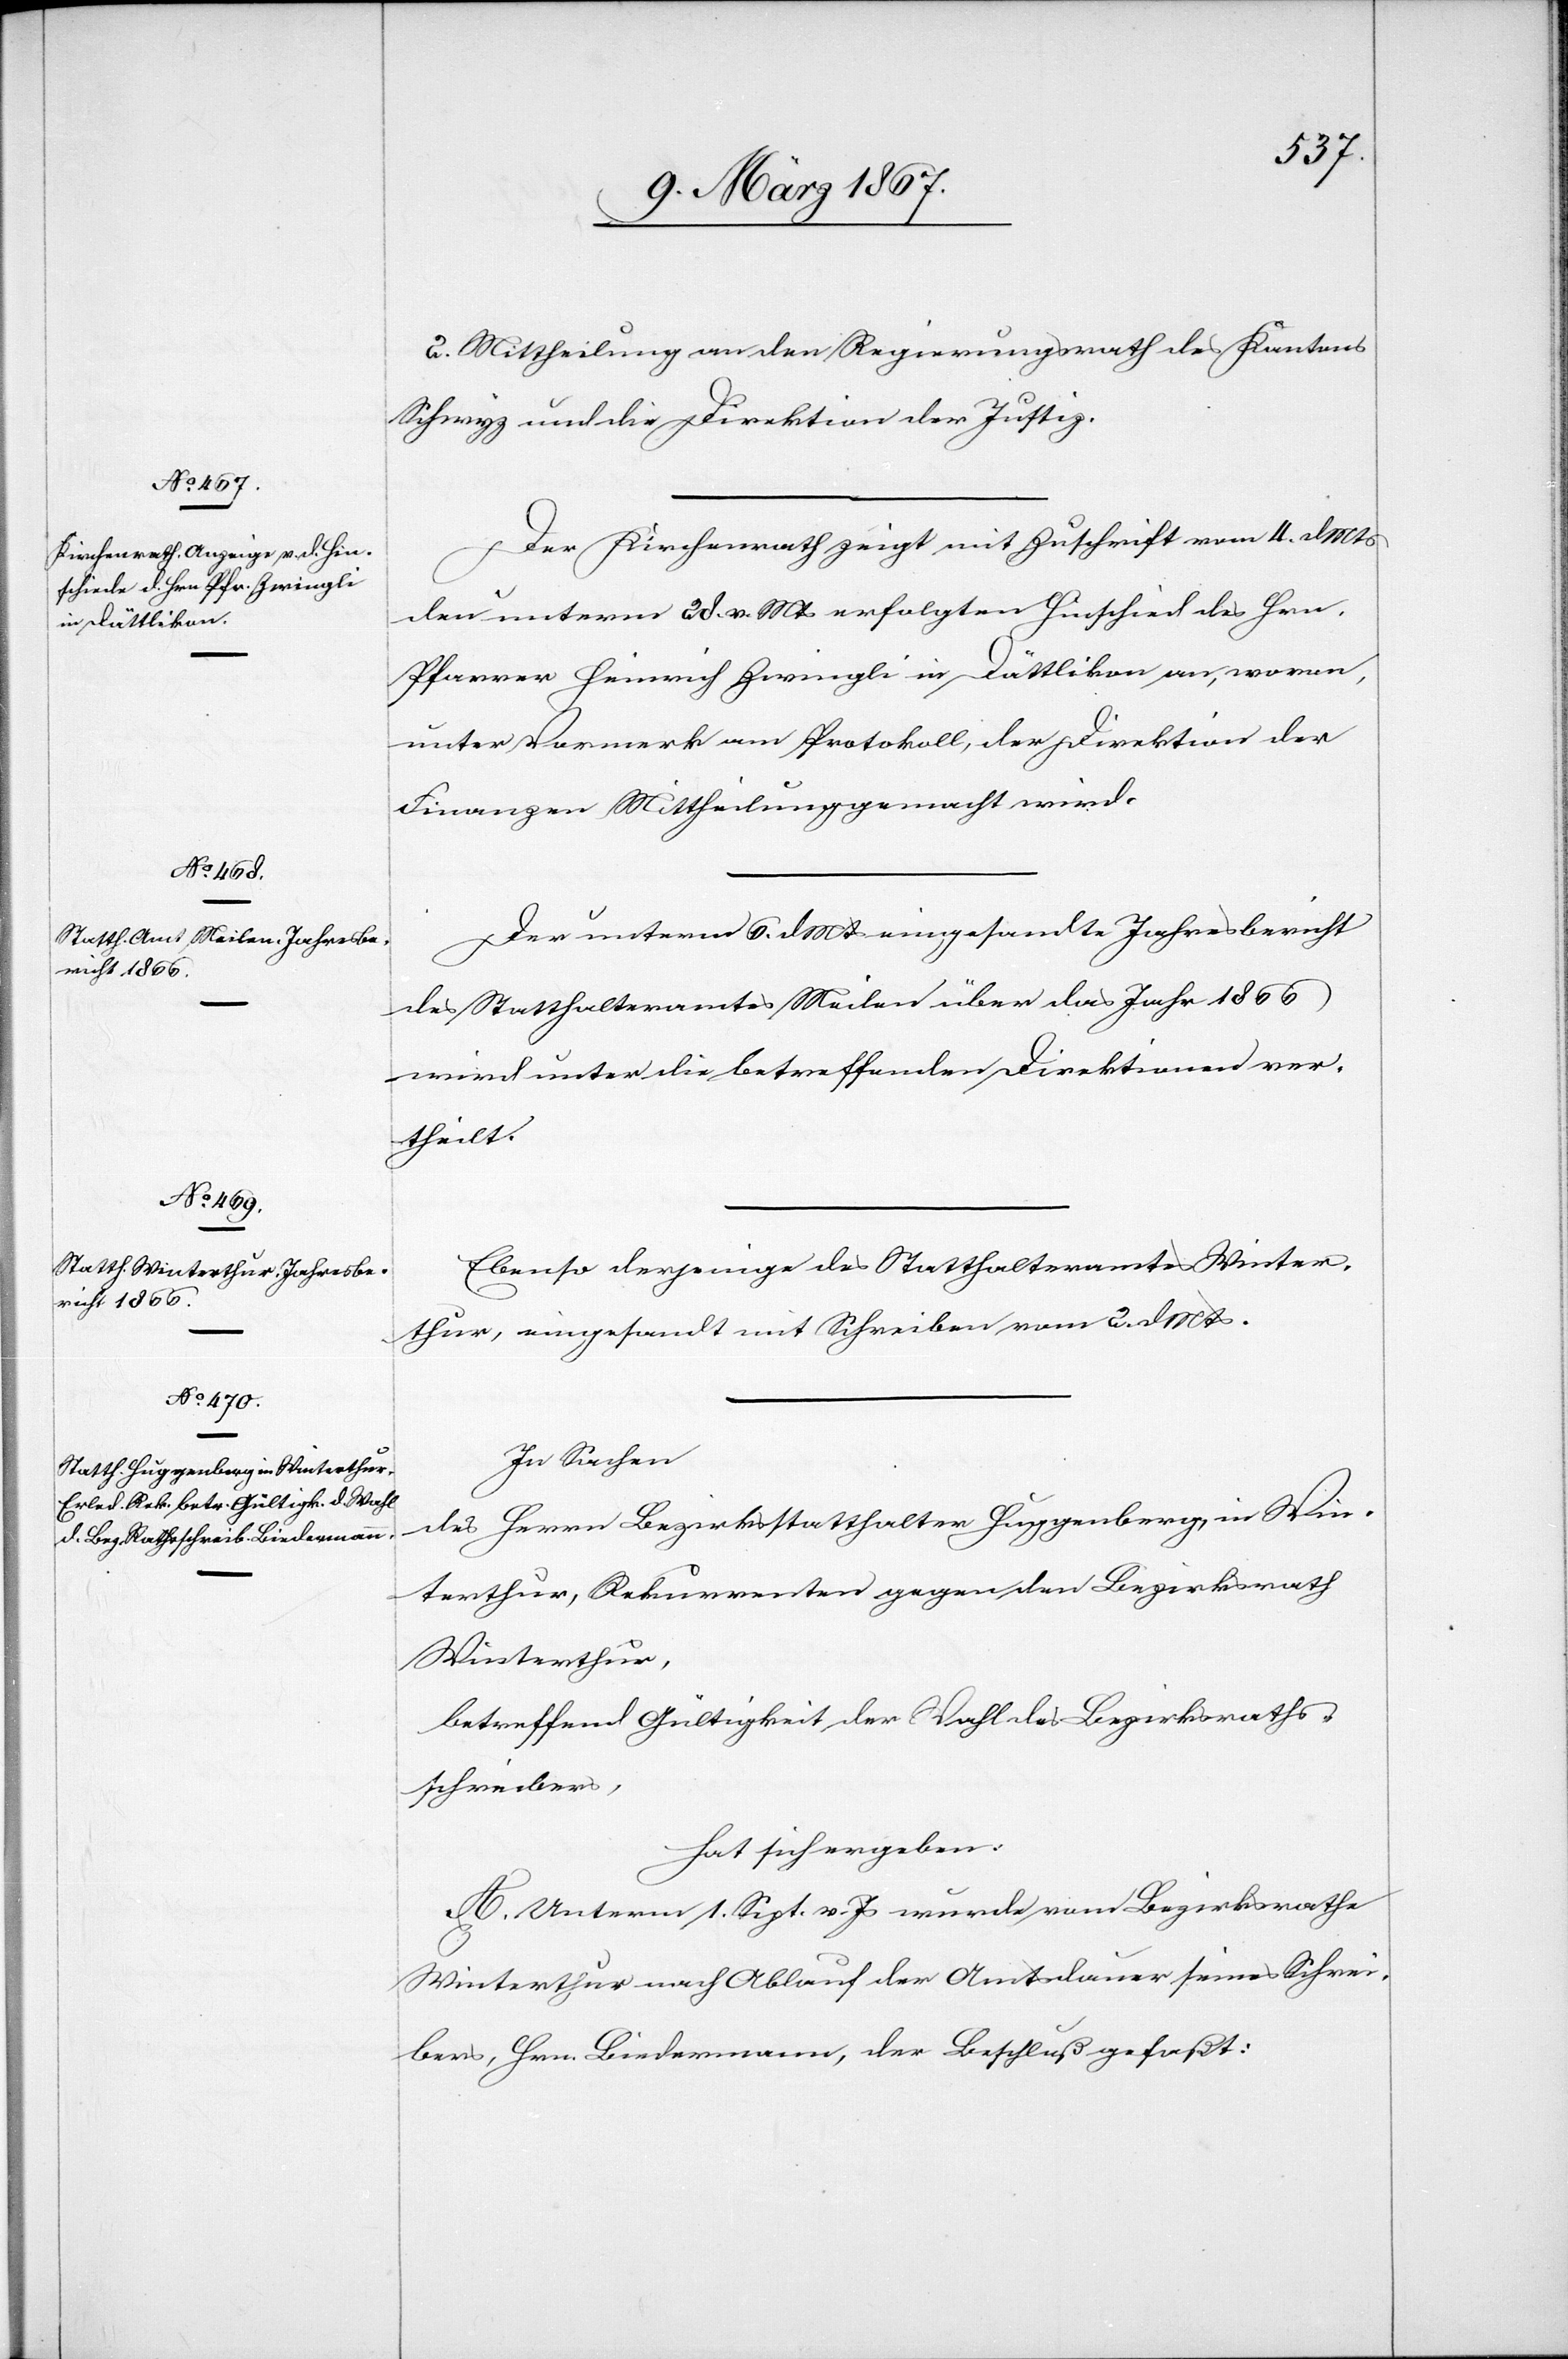
2. Mittheilung an den Regierungsrath des Kantons
Schwyz und die Direktion der Justiz.
Der Kirchenrath zeigt mit Zuschrift vom 4. d. Mts
den unterm 28. v. Mts erfolgten Hinschied des Hrn.
Pfarrer Heinrich Zwingli in Dättikon an, wovon,
unter Vormerk am Protokoll, der Direktion der
Finanzen Mittheilung gemacht wird.
Der unterm 6. d. Mts eingesandte Jahresbericht
des Statthalteramtes Meilen über das Jahr 1866
wird unter die betreffenden Direktionen ver¬
theilt.
Ebenso derjenige des Statthalteramtes Winter¬
thur, eingesandt mit Schreiben vom 2. d Mts.
In Sachen
des Herrn Bezirksstatthalter Huggenberg, in Win¬
terthur, Rekurrenten gegen den Bezirksrath
Winterthur,
betreffend Gültigkeit der Wahl des Bezirksraths¬
schreibers,
hat sich ergeben:
A. Unterm 1. Sept. v. Js wurde vom Bezirksrathe
Winterthur nach Ablauf der Amtsdauer seines Schrei¬
bers, Hrn. Biedermann, der Beschluß gefaßt: